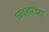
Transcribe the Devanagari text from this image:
व्यवहारदक्ष